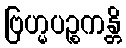
ဗြဟ္မပဉ္စကန္တိ